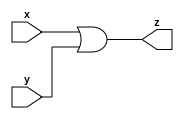
`timescale 1ns/100ps
//     wire !!!!

module or2(input wire x,y,output wire z);
assign z=x|y;
endmodule

module xor2(input wire x,y,output wire z);
assign z=x^y;
endmodule

//half adder implement
module half_adder(input wire x,y, output wire c1,s);

assign c1=x&y;
assign s=x^y;

endmodule
// full adder implement
module full_adder(input wire x,y,z,output wire c1,s);

wire tmpC,tmpS,tmpC2;
half_adder h1(x,y,tmpC,tmpS);
half_adder h2(z,tmpS,tmpC2,s);
or2 orins(tmpC2,tmpC,c1);


endmodule
//8bit ripple carry add and subtractor (M=0 + M=1  -)
module _8bit_adder_substractor(input wire[7:0] A,B,input wire M,output wire[7:0] S,output wire Clast,V);
wire B_after[7:0];
wire Ci[7:0];
assign Ci[0]=M;


xor2 xor_0(M,B[0],B_after[0]);
xor2 xor_1(M,B[1],B_after[1]);
xor2 xor_2(M,B[2],B_after[2]);
xor2 xor_3(M,B[3],B_after[3]);
xor2 xor_4(M,B[4],B_after[4]);
xor2 xor_5(M,B[5],B_after[5]);
xor2 xor_6(M,B[6],B_after[6]);
xor2 xor_7(M,B[7],B_after[7]);

full_adder fa0(A[0],B_after[0],Ci[0],Ci[1],S[0]);
full_adder fa1(A[1],B_after[1],Ci[1],Ci[2],S[1]);
full_adder fa2(A[2],B_after[2],Ci[2],Ci[3],S[2]);
full_adder fa3(A[3],B_after[3],Ci[3],Ci[4],S[3]);
full_adder fa4(A[4],B_after[4],Ci[4],Ci[5],S[4]);
full_adder fa5(A[5],B_after[5],Ci[5],Ci[6],S[5]);
full_adder fa6(A[6],B_after[6],Ci[6],Ci[7],S[6]);
full_adder fa7(A[7],B_after[7],Ci[7],Clast,S[7]);

xor2 xor_V(Ci[7],Clast,V);

endmodule
//test_bench

module test_8bit;
reg [7:0] A,B;
reg M;
wire [7:0] SUM;
wire Clast,V;

_8bit_adder_substractor testing(A,B,M,SUM,Clast,V);

initial begin
M=0;  A=8'b00000000; B=8'b00000000;
#250; A=8'b00000000; B=8'b00000000;
#250; A=8'b00111000; B=8'b01000000;
#250; A=8'b00000000; B=8'b00000000;
#250; A=8'b11110000; B=8'b00100001;
#250; A=8'b11110010; B=8'b00100011;
#250; M=1; A=8'b00000000; B=8'b00011100;
#250; A=8'b10000000; B=8'b11100000;
#250; A=8'b00111000; B=8'b01000001;
#250; A=8'b00000000; B=8'b01111100;
#250; A=8'b00001110; B=8'b11111000;
#250; A=8'b10000000; B=8'b01111000;
end

endmodule